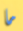
ما